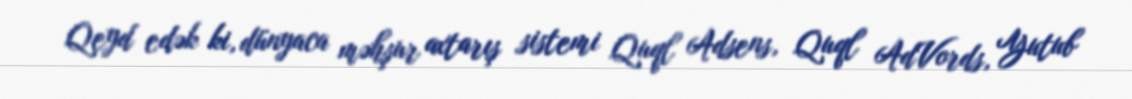
Qeyd edək ki, dünyaca məhşur axtarış sistemi Quql Adsens, Quql AdVords, Yutub